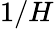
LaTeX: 1/H